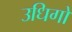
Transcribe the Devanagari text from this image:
उधिगो